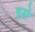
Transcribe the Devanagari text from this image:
इसे